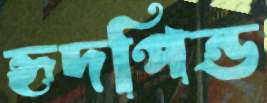
হৃদপিন্ড